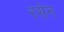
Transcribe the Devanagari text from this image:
रसेन